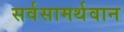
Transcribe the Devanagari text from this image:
सर्वसामर्थवान